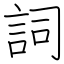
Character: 詞